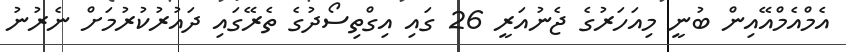
އެމްއެމްއޭއިން ބުނީ މިއަހަރުގެ ޖެނުއަރީ 26 ގައި އިގްތިސޯދުގެ ތެރޭގައި ދައުރުކުރުމަށް ނެރުނު